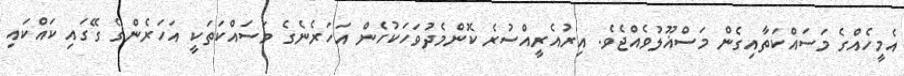
އެމީހެއްގެ މަސައްކަތާއިގެން މަސްޣޫލުވެއްޖެވެ. އިރުއެރީއްސުރެ ކޮންމެދުވަހަކުހެން އަހަރެނެގެ މަސައްކަތަކީ އަހަރެންގެ ގޭގައި ކައްކައި